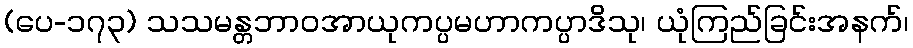
(ပေ-၁၇၃) သသမန္တဘာဝအာယုကပ္ပမဟာကပ္ပာဒိသု၊ ယုံကြည်ခြင်းအနက်၊